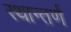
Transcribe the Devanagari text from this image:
स्थान्तर्ण